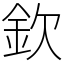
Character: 欽